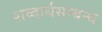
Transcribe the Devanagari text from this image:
शब्दार्थसम्बन्ध